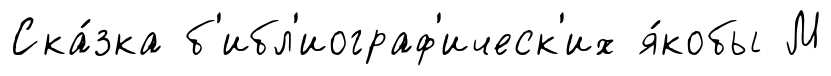
Ска́зка б'ибл'иограф'ическ'их я́кобы М